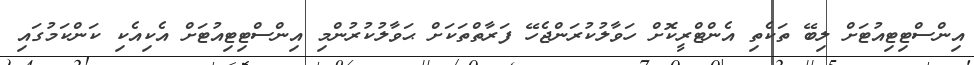
އިންސްޓިޓިއުޓަށް ލިބޭ ތަކެތި އެންޓްރީކޮށް ހަވާލުކުރަންޖެހޭ ފަރާތްތަކަށް ޙަވާލުކުރުންމި އިންސްޓިޓިއުޓަށް އެކިއެކި ކަންކަމުގައި